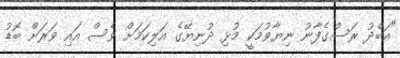
"އަބްދު ރަސްގެފާނު ނިޔާވުމަކީ މުޅި ދުނިޔޭގެ އަލިކަމަށް ވެސް އައި ވަރަށް ބޮޑު